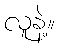
လူနဲ့။